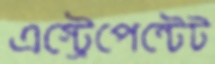
এস্ট্রেপেন্টেট